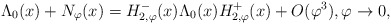
\begin{align*}\Lambda_{0}(x) + N_{\varphi}(x) =H_{2,\varphi}^-(x)\Lambda_{0}(x)H_{2,\varphi}^+(x)+O(\varphi^3),\varphi\to 0,\end{align*}